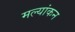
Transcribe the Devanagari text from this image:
मल्यांकन